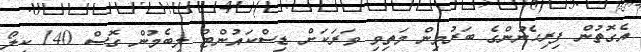
އެގޮތުން ފިރިހެނުންގެ ބަރުމިން މަތިވި ވަރަކަށް ޑިސްކައުންޓް ލިބެމުން ގޮސް 140 ކިލޯ